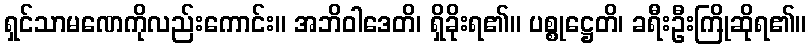
ရှင်သာမဏေကိုလည်းကောင်း။ အဘိဝါဒေတိ၊ ရှိခိုးရ၏။ ပစ္စုဋ္ဌေတိ၊ ခရီးဦးကြိုဆိုရ၏။